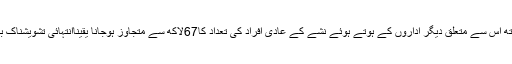
ملک میں وزارت انسداد منشیات کے ساتھ ساتھ اس سے متعلق دیگر اداروں کے ہوتے ہوئے نشے کے عادی افراد کی تعداد کا67لاکھ سے متجاوز ہوجانا یقیناًانتہائی تشویشناک بات اور پوری قوم کے لئے لمحۂ فکریہ ہے ۔